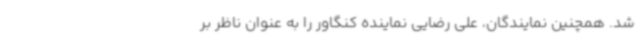
شد. همچنین نمایندگان، علی رضایی نماینده کنگاور را به عنوان ناظر بر